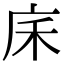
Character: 𢇲